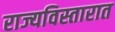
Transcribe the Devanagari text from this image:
राज्यविस्तारात